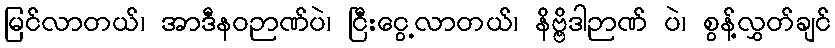
မြင်လာတယ်၊ အာဒီနဝဉာဏ်ပဲ၊ ငြီးငွေ့လာတယ်၊ နိဗ္ဗိဒါဉာဏ် ပဲ၊ စွန့်လွှတ်ချင်